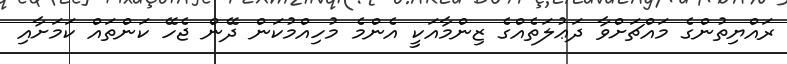
ރައްޔިތުންގެ މައްޗަށްވާ ދަޢުލަތެއްގެ ޒިންމާއަކީ އެންމެ މުހިއްމުކަން ދޭން ޖެހޭ ކަންތައް ކަމަށާއި